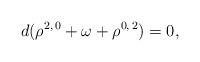
LaTeX: \begin{align*}d(\rho^{2,\,0} + \omega + \rho^{0,\,2}) = 0,\end{align*}